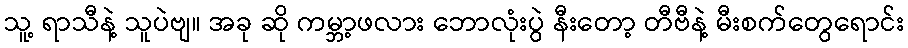
သူ့ ရာသီနဲ့ သူပဲဗျ။ အခု ဆို ကမ္ဘာ့ဖလား ဘောလုံးပွဲ နီးတော့ တီဗီနဲ့ မီးစက်တွေရောင်း